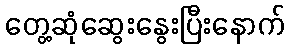
တွေ့ဆုံဆွေးနွေးပြီးနောက်